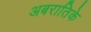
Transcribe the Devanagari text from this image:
अबरातिके